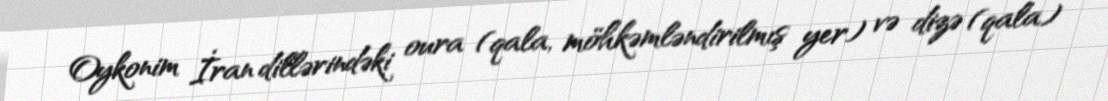
Oykonim İran dillərindəki oura (qala, möhkəmləndirilmış yer) və dizə (qala)